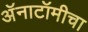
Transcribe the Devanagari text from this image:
अॅनाटॉमीचा